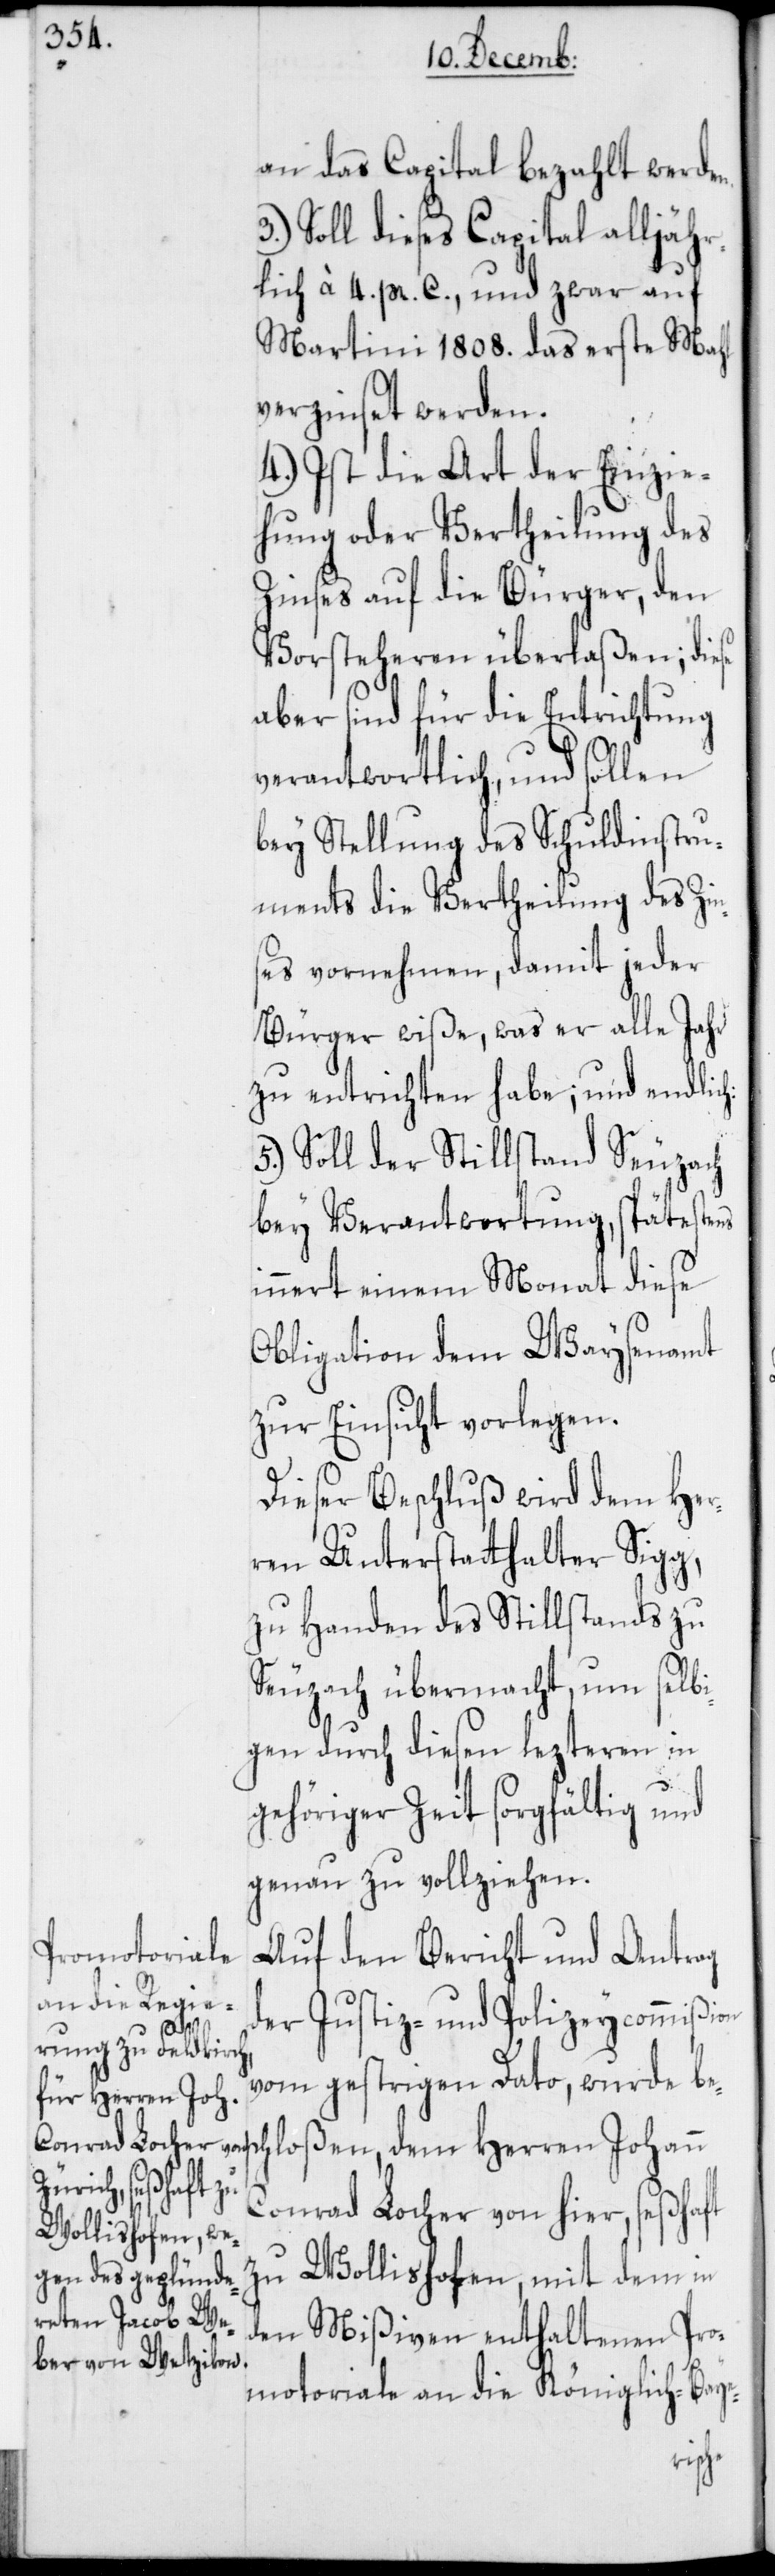
an das Capital bezahlt werden.
Soll dieses Capital alljähr¬
lich à 4. pr. C., und zwar auf
Martini 1808. das erste Mahl
verzinset werden.
4.) Ist die Art der Einzie¬
hung oder Vertheilung des
Zinses auf die Bürger, den
Vorsteheren überlaßen; diese
aber sind für die Entrichtung
verantwortlich, und sollen
bey Stellung des Schuldinstru¬
ments die Vertheilung des Zin¬
ses vornehmen, damit jeder
Bürger wiße, was er alle Jahr
zu entrichten habe; und endlich:
5.) Soll der Stillstand Seuzach
bey Verantwortung, spätestens
innert einem Monat diese
Obligation dem Waysenamt
zur Einsicht vorlegen.
Dieser Beschluß wird dem Her¬
ren Unterstatthalter Sigg,
zu Handen des Stillstands zu
Seuzach übermacht, um selb¬
igen durch diesen lezteren in
gehöriger Zeit sorgfältig und
genau zu vollziehen.
Auf den Bericht und Antrag
der Justiz- und Polizeycommißion
vom gestrigen Dato, wurde bes¬
chloßen, dem Herren Johann
Conrad Locher von hier, seßhaft
zu Wollishofen, mit dem in
den Mißiven enthaltenen Pro¬
motoriale an die Königlich-Baye-